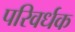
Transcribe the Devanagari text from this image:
परिवर्धक